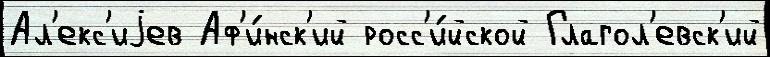
Ал'екс'иjев Аф'и́нск'ий росс'и́йской Глагол'евск'ий